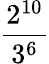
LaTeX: \frac{2^{10}}{3^{6}}